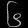
Digit: ၆